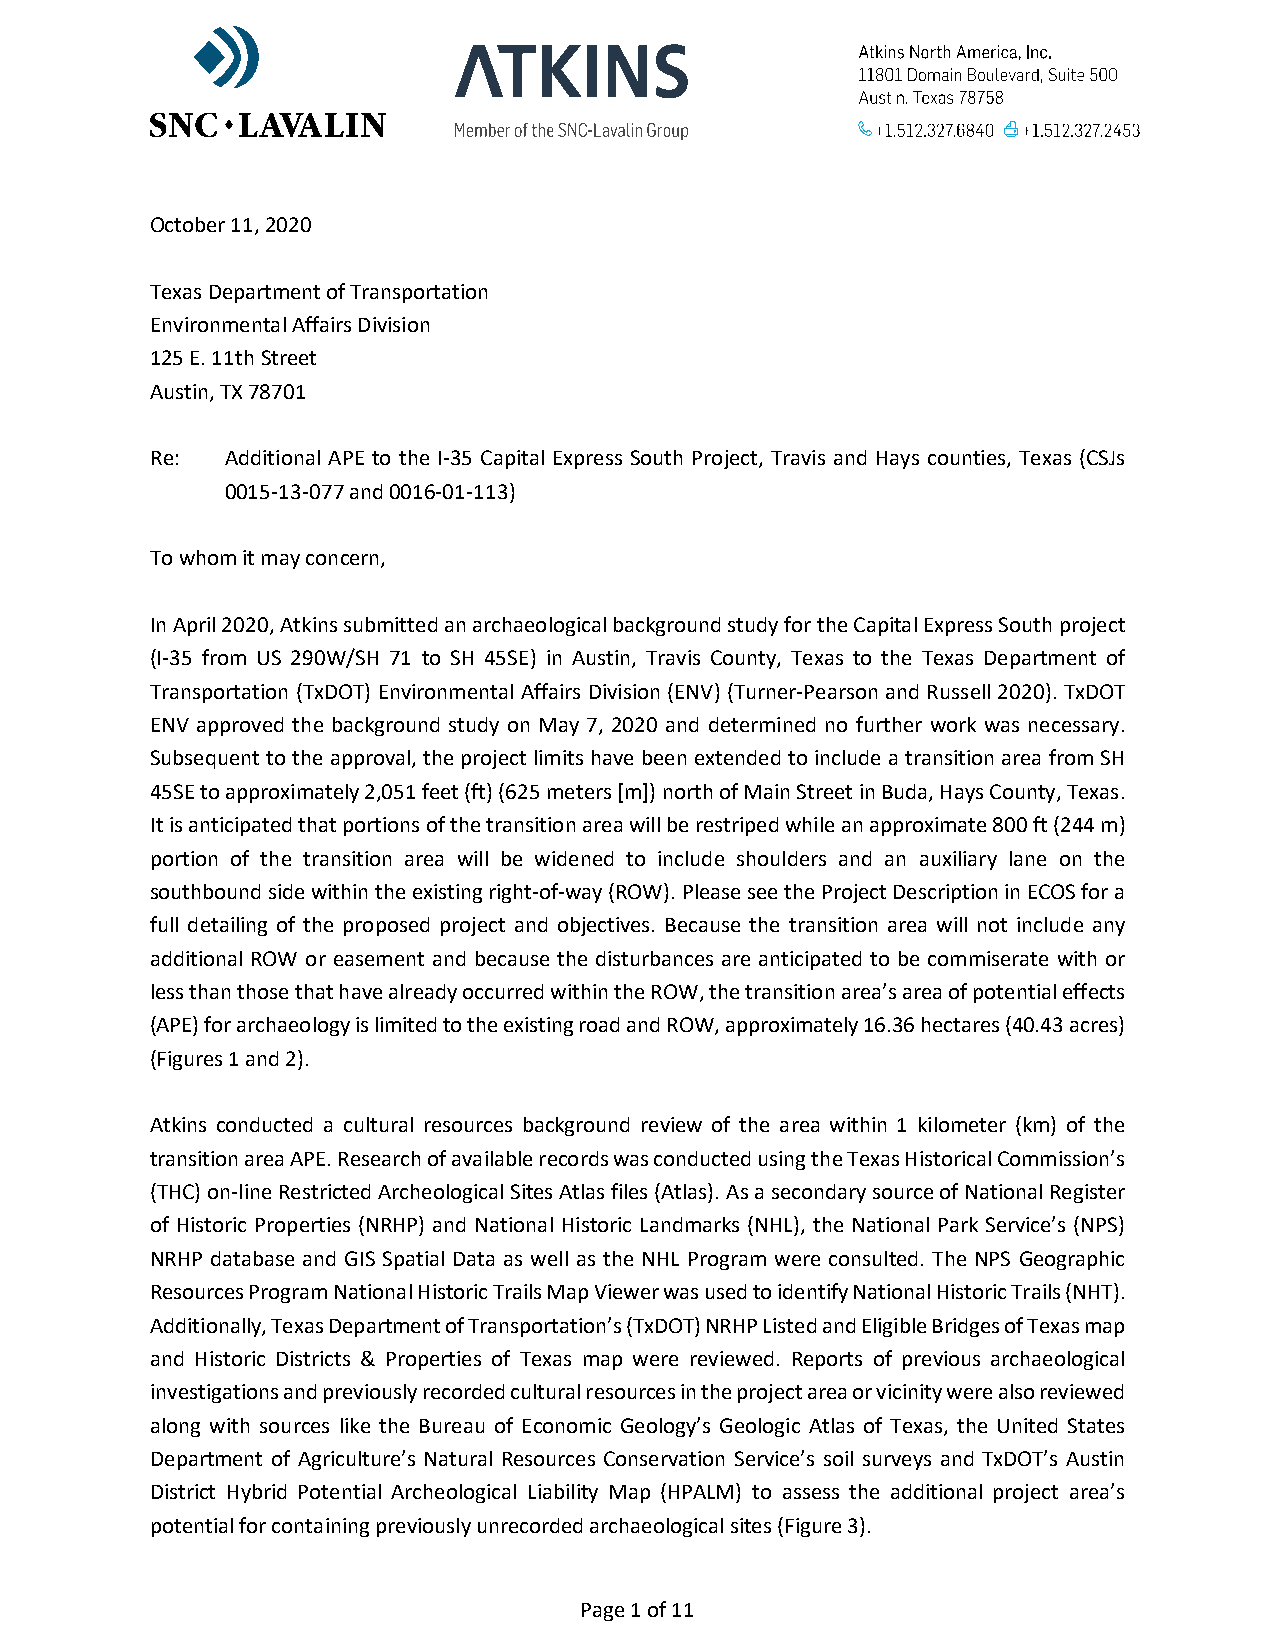
October 11, 2020
 Texas Department of Transportation
 Environmental Affairs Division
 125 E. 11th Street
 Austin, TX 78701
 Re:  Additional APE to the I-35 Capital Express South Project, Travis and Hays counties, Texas (CSJs
 0015-13-077 and 0016-01-113)
 To whom it may concern,
 In April 2020, Atkins submitted an archaeological background study for the Capital Express South project
 (I-35 from US 290W/SH 71 to SH 45SE) in Austin, Travis County, Texas to the Texas Department of
 Transportation (TxDOT) Environmental Affairs Division (ENV) (Turner-Pearson and Russell 2020). TxDOT
 ENV approved the background study on May 7, 2020 and determined no further work was necessary.
 Subsequent to the approval, the project limits have been extended to include a transition area from SH
 45SE to approximately 2,051 feet (ft) (625 meters [m]) north of Main Street in Buda, Hays County, Texas.
 It is anticipated that portions of the transition area will be restriped while an approximate 800 ft (244 m)
 portion of the transition area will be widened to include shoulders and an auxiliary lane on the
 southbound side within the existing right-of-way (ROW). Please see the Project Description in ECOS for a
 full detailing of the proposed project and objectives. Because the transition area will not include any
 additional ROW or easement and because the disturbances are anticipated to be commiserate with or
 less than those that have already occurred within the ROW, the transition area’s area of potential effects
 (APE) for archaeology is limited to the existing road and ROW, approximately 16.36 hectares (40.43 acres)
 (Figures 1 and 2).
 Atkins conducted a cultural resources background review of the area within 1 kilometer (km) of the
 transition area APE. Research of available records was conducted using the Texas Historical Commission’s
 (THC) on-line Restricted Archeological Sites Atlas files (Atlas). As a secondary source of National Register
 of Historic Properties (NRHP) and National Historic Landmarks (NHL), the National Park Service’s (NPS)
 NRHP database and GIS Spatial Data as well as the NHL Program were consulted. The NPS Geographic
 Resources Program National Historic Trails Map Viewer was used to identify National Historic Trails (NHT).
 Additionally, Texas Department of Transportation’s (TxDOT) NRHP Listed and Eligible Bridges of Texas map
 and Historic Districts & Properties of Texas map were reviewed. Reports of previous archaeological
 investigations and previously recorded cultural resources in the project area or vicinity were also reviewed
 along with sources like the Bureau of Economic Geology’s Geologic Atlas of Texas, the United States
 Department of Agriculture’s Natural Resources Conservation Service’s soil surveys and TxDOT’s Austin
 District Hybrid Potential Archeological Liability Map (HPALM) to assess the additional project area’s
 potential for containing previously unrecorded archaeological sites (Figure 3).
 Page 1 of 11